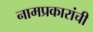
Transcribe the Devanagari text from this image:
नामप्रकारांची